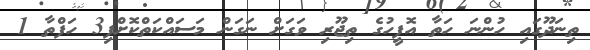
ތިނަދޫގައި ހުންނަ ހަތާ އޮފީހުގެ ތިޖޫރި ވަގަށް ނަގަން މަސައްކަތްކޮށްފި3 ހަފްތާ 1